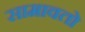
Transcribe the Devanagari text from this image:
सामावतो